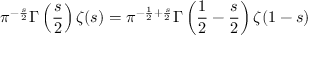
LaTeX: \pi ^ { - { \frac { s } { 2 } } } \Gamma \left( { \frac { s } { 2 } } \right) \zeta ( s ) = \pi ^ { - { \frac { 1 } { 2 } } + { \frac { s } { 2 } } } \Gamma \left( { \frac { 1 } { 2 } } - { \frac { s } { 2 } } \right) \zeta ( 1 - s )